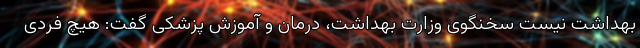
بهداشت نیست سخنگوی وزارت بهداشت، درمان و آموزش پزشکی گفت: هیچ فردی